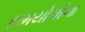
કામયોગીના